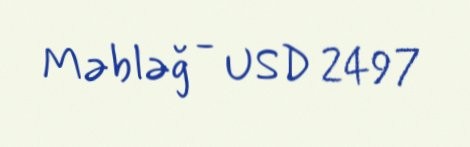
Məbləğ - USD 2497